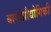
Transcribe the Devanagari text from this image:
बायोप्रौद्योगिकी